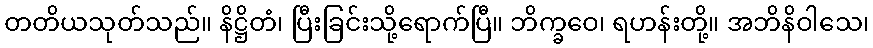
တတိယသုတ်သည်။ နိဋ္ဌိတံ၊ ပြီးခြင်းသို့ရောက်ပြီ။ ဘိက္ခဝေ၊ ရဟန်းတို့။ အဘိနိဝါသေ၊